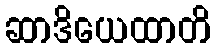
ဆာဒိယေထာတိ